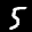
Label: 5